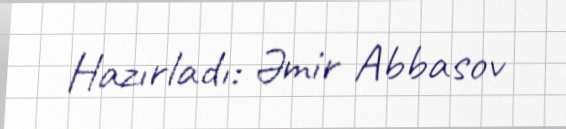
Hazırladı: Əmir Abbasov